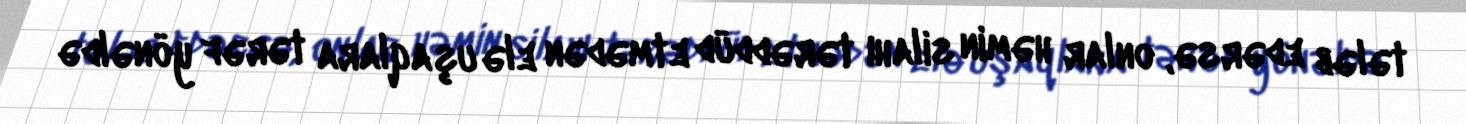
tələb edərsə, onlar həmin silahı tərəddüd etmədən elə uşaqlara tərəf yönəldə